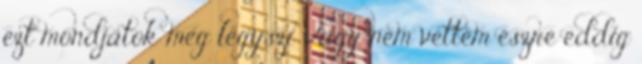
ezt mondjátok meg légyszi Vagy nem vettem észre eddig